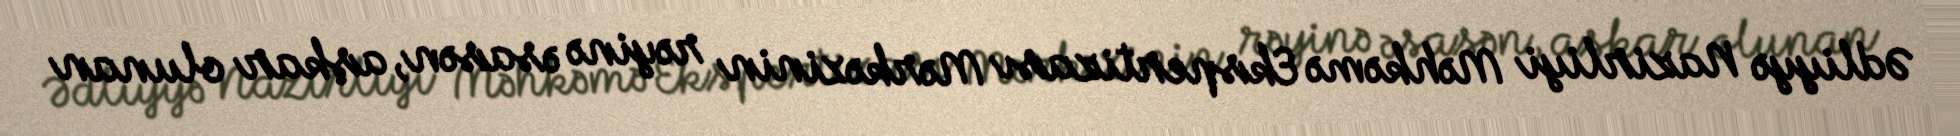
Ədliyyə Nazirliyi Məhkəmə Ekspertizası Mərkəzinin rəyinə əsasən, aşkar olunan